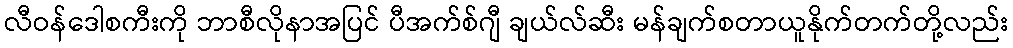
လီဝန်ဒေါစကီးကို ဘာစီလိုနာအပြင် ပီအက်စ်ဂျီ ချယ်လ်ဆီး မန်ချက်စတာယူနိုက်တက်တို့လည်း